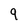
Character: q